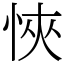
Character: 悏